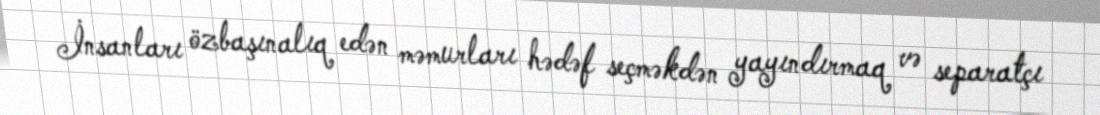
İnsanları özbaşınalıq edən məmurları hədəf seçməkdən yayındırmaq və separatçı